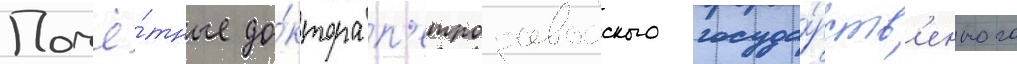
Почё́тные до́ктора п'етрозаводского госуда́рств'енного